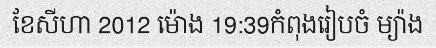
ខែសីហា 2012 ម៉ោង 19:39កំពុងរៀបចំ ម្យ៉ាង